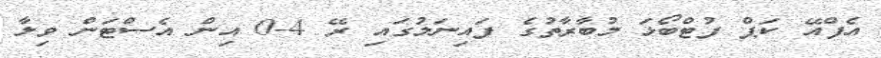
އެފްއޭ ކަޕް ފުޓްބޯޅަ މުބާރާތުގެ ފައިނަލުގައި ރޭ 4-0 އިން އެސްޓަން ވިލާ